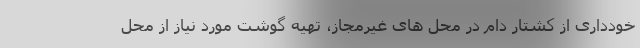
خودداری از کشتار دام در محل های غیرمجاز، تهیه گوشت مورد نیاز از محل